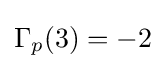
\Gamma _{p}(3)=-2